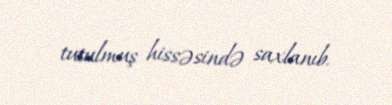
tutulmuş hissəsində saxlanıb.